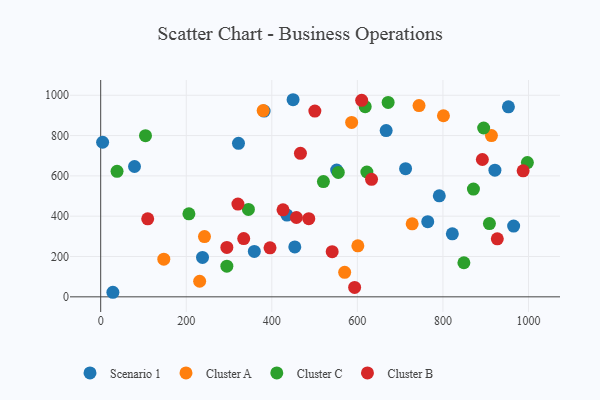
{"axis": {"x": "Speed", "y": "Exam Score"}, "legend": ["Cluster A", "Cluster B", "Cluster C", "Scenario 1"], "data": [{"x": "435.4", "y": 405.7, "type": "Scenario 1"}, {"x": "921.5", "y": 628.5, "type": "Scenario 1"}, {"x": "238.0", "y": 195.5, "type": "Scenario 1"}, {"x": "712.7", "y": 635.6, "type": "Scenario 1"}, {"x": "551.6", "y": 628.9, "type": "Scenario 1"}, {"x": "382.0", "y": 921.4, "type": "Scenario 1"}, {"x": "764.5", "y": 372.7, "type": "Scenario 1"}, {"x": "791.5", "y": 500.9, "type": "Scenario 1"}, {"x": "322.1", "y": 761.4, "type": "Scenario 1"}, {"x": "28.5", "y": 22.6, "type": "Scenario 1"}, {"x": "822.0", "y": 312.5, "type": "Scenario 1"}, {"x": "953.1", "y": 942.4, "type": "Scenario 1"}, {"x": "965.3", "y": 351.2, "type": "Scenario 1"}, {"x": "667.3", "y": 824.9, "type": "Scenario 1"}, {"x": "449.7", "y": 977.8, "type": "Scenario 1"}, {"x": "79.0", "y": 646.6, "type": "Scenario 1"}, {"x": "359.1", "y": 225.2, "type": "Scenario 1"}, {"x": "4.5", "y": 766.9, "type": "Scenario 1"}, {"x": "453.7", "y": 247.8, "type": "Scenario 1"}, {"x": "147.5", "y": 187.0, "type": "Cluster A"}, {"x": "570.3", "y": 121.8, "type": "Cluster A"}, {"x": "601.1", "y": 252.9, "type": "Cluster A"}, {"x": "801.2", "y": 898.2, "type": "Cluster A"}, {"x": "744.1", "y": 948.6, "type": "Cluster A"}, {"x": "913.4", "y": 800.2, "type": "Cluster A"}, {"x": "242.6", "y": 299.1, "type": "Cluster A"}, {"x": "379.8", "y": 923.9, "type": "Cluster A"}, {"x": "586.6", "y": 865.3, "type": "Cluster A"}, {"x": "728.1", "y": 362.0, "type": "Cluster A"}, {"x": "231.3", "y": 77.4, "type": "Cluster A"}, {"x": "871.3", "y": 534.7, "type": "Cluster C"}, {"x": "618.3", "y": 943.1, "type": "Cluster C"}, {"x": "849.0", "y": 169.1, "type": "Cluster C"}, {"x": "555.4", "y": 617.1, "type": "Cluster C"}, {"x": "622.2", "y": 619.2, "type": "Cluster C"}, {"x": "294.9", "y": 152.2, "type": "Cluster C"}, {"x": "345.3", "y": 433.5, "type": "Cluster C"}, {"x": "206.2", "y": 411.8, "type": "Cluster C"}, {"x": "895.2", "y": 837.5, "type": "Cluster C"}, {"x": "671.9", "y": 964.3, "type": "Cluster C"}, {"x": "520.6", "y": 572.0, "type": "Cluster C"}, {"x": "908.7", "y": 363.2, "type": "Cluster C"}, {"x": "997.4", "y": 665.9, "type": "Cluster C"}, {"x": "104.7", "y": 799.3, "type": "Cluster C"}, {"x": "38.2", "y": 622.5, "type": "Cluster C"}, {"x": "500.6", "y": 921.6, "type": "Cluster B"}, {"x": "593.6", "y": 46.6, "type": "Cluster B"}, {"x": "541.1", "y": 223.9, "type": "Cluster B"}, {"x": "633.1", "y": 582.9, "type": "Cluster B"}, {"x": "892.2", "y": 681.2, "type": "Cluster B"}, {"x": "987.5", "y": 625.3, "type": "Cluster B"}, {"x": "927.1", "y": 287.6, "type": "Cluster B"}, {"x": "294.9", "y": 245.1, "type": "Cluster B"}, {"x": "466.9", "y": 712.1, "type": "Cluster B"}, {"x": "334.3", "y": 288.9, "type": "Cluster B"}, {"x": "109.9", "y": 386.9, "type": "Cluster B"}, {"x": "486.4", "y": 387.5, "type": "Cluster B"}, {"x": "395.8", "y": 243.1, "type": "Cluster B"}, {"x": "426.2", "y": 431.6, "type": "Cluster B"}, {"x": "610.1", "y": 974.9, "type": "Cluster B"}, {"x": "457.5", "y": 393.6, "type": "Cluster B"}, {"x": "320.8", "y": 460.3, "type": "Cluster B"}]}